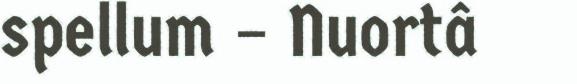
spellum – Nuortâ